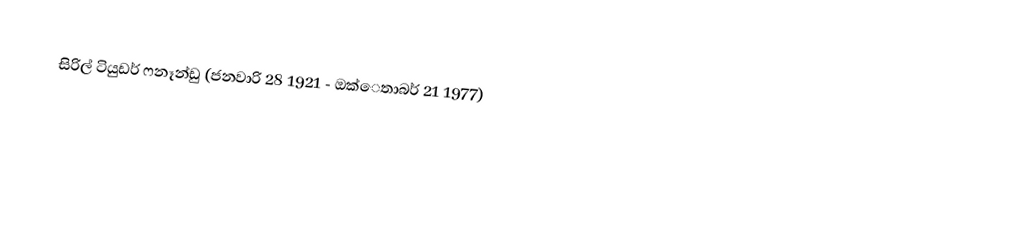
සිරිල් ටියුඩර් ෆනෑන්ඩු (ජනවාරි 28 1921 - ඔක්ෙතාබර් 21 1977)